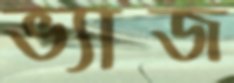
ভ্যাজ